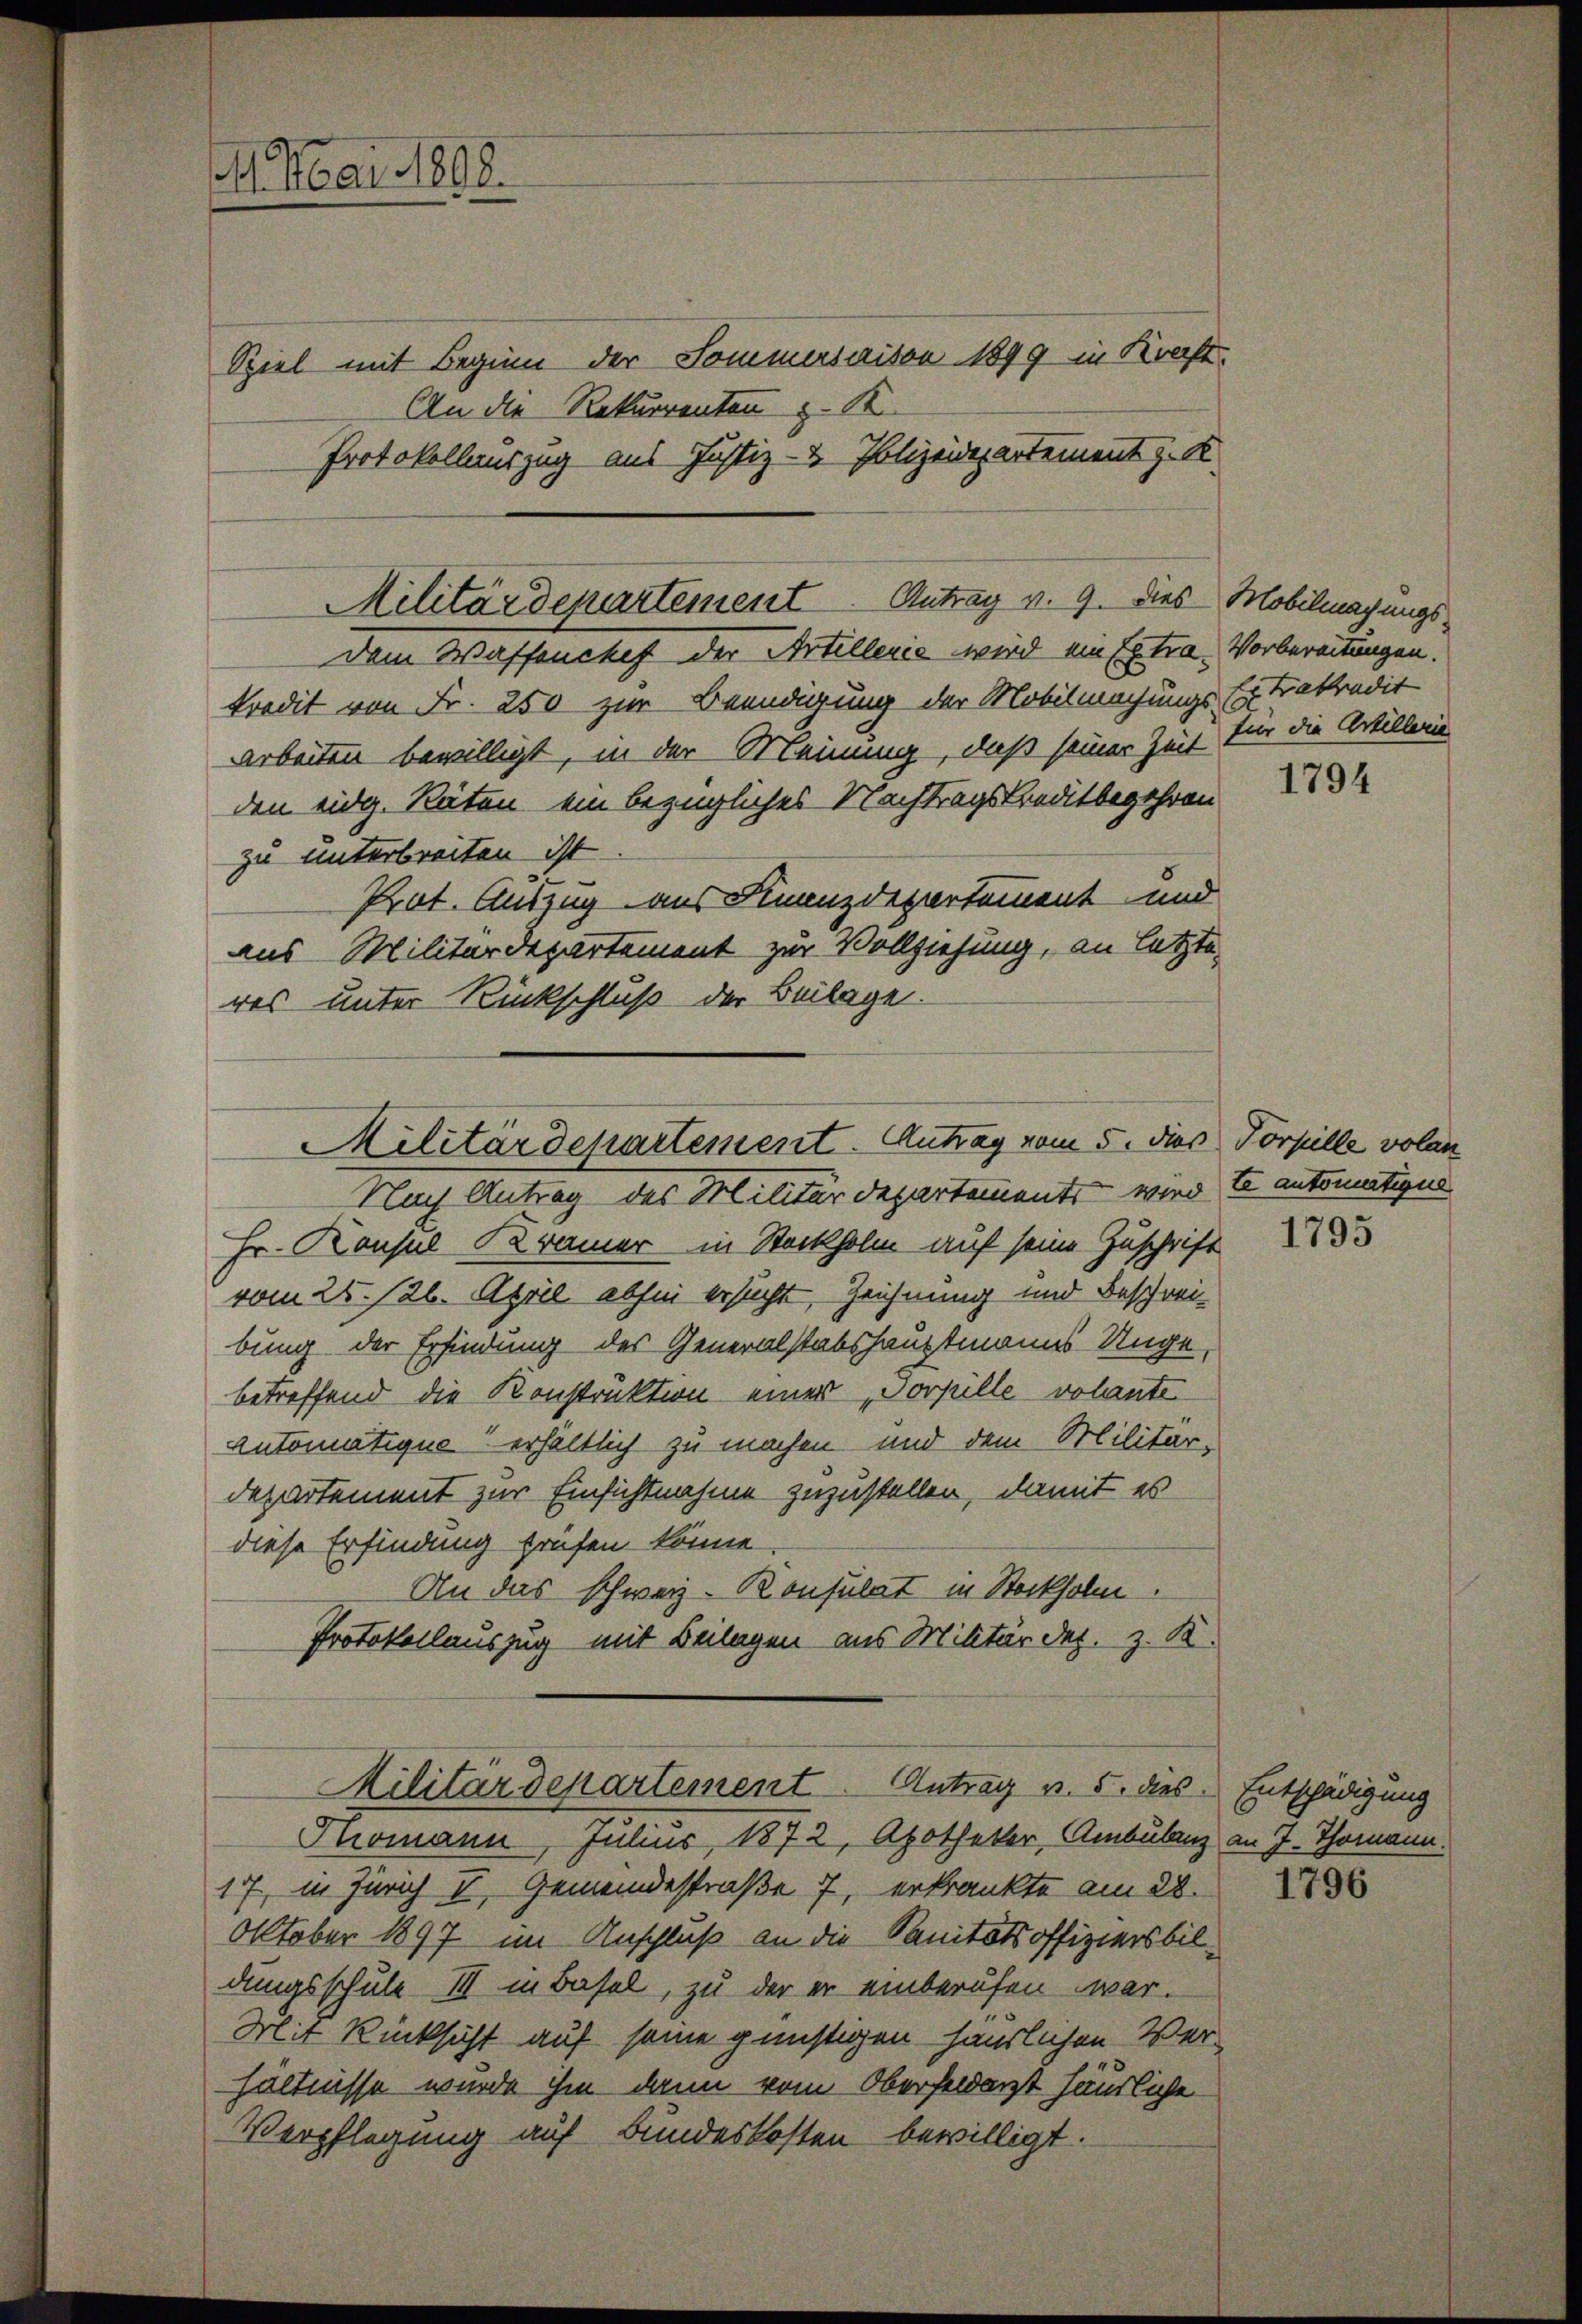
1. Mai 1892.

Spiel mit Beginn der Sommersaison 1899 in Kraft¬
An die Rekurrenten z. K
Protokollauszug aus Justiz- & Polizeidepartement z. K

kredit von Fr. 250 zur Beendigung der Mobilmachungs-Extraktradit
Arbeiten bewilligt, in der Meinung, daß seiner Zeit
den eidg. Räten ein bezügliches Nachtragskreditbegehren
zu unterbreiten ist.
Prot. Auszug aus Finanzdepartement und
aus Militärdepartement zur Vollziehung, an letzte
res unter Rückschluß der Beilage.
Nach Antrag des Militärdepartements wird Cantomatigen
Hr. Konsul Kramer in Stockholm auf seine Zuschrift
vom 25. 26. April abhin ersucht, Zeichnung und Beschwei-
bung der Erfindung des Generalstabshauptmanns Ungebetreffend die Konstruktion einer „Jorpille volante
Automatique erhältlich zu machen und dem Militär-
Departement zur Einsichtnahme zuzustellen, damit es
diese Erfindung grafen könne.
An das schweiz. Konsulat in Stockholm.
Protokollauszug mit Beilagen aus Militär dez. z. K.
Militärdepartement. Antrag v. 5. dies
Tomann, Julius, 1872, Apotheker, Ambulanz an J. Thomann.
177, in Zürich I. Gemeindestraße 7, erkränkte am 28.
Oktober 1897 im Anschluß an die Sanitätsoffiziers bildungsschule III in Basel, zu der er einberufen war.
Mit Rücksicht auf seine günstigen häuslichen Ver-
hältnisse wurde ihm dann vom Oberfeldarzt häusliche
Verpflegung auf Bundeskosten bewilligt.

Militärdepartement Antrag v. 9. Dies
dem Waffenchef der Artillerie wird ein Extra¬

Militärdepartement. Antrag vom 5. dies Torpille volan

Mobilmagungs¬
Vorbereitungen.
für die Artillerie

1794

1795

Entschädigung

1796